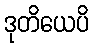
ဒုတိယေပိ